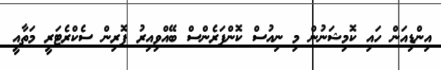
އިންޑިއަން ހައި ކޮމިޝަނުން މި ނިއުސް ކޮންފަރެންސް ބޭއްވިއިރު ފޮރިން ސެކްރެޓަރީ މަތާއީ